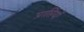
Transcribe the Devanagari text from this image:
प्राप्तियाँ